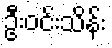
ဦးဝင်းသိန်း